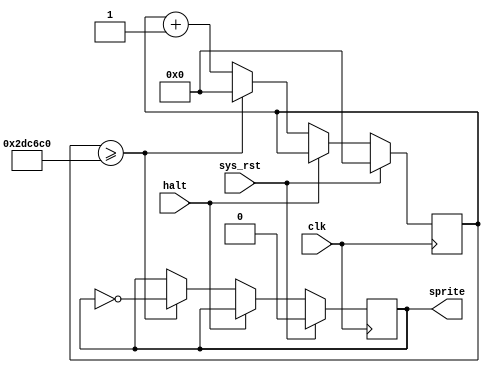
//SPDX-FileCopyrightText: 2021 Ethan Polcyn & Anish Singhani
//
// Licensed under the Apache License, Version 2.0 (the "License");
// you may not use this file except in compliance with the License.
// You may obtain a copy of the License at
//
//      http://www.apache.org/licenses/LICENSE-2.0
//
// Unless required by applicable law or agreed to in writing, software
// distributed under the License is distributed on an "AS IS" BASIS,
// WITHOUT WARRANTIES OR CONDITIONS OF ANY KIND, either express or implied.
// See the License for the specific language governing permissions and
// limitations under the License.
// SPDX-License-Identifier: Apache-2.0
`default_nettype none

// Toggles the moving legs on the bottom of the sprite
module dinosprite (
    input wire halt,
	output reg sprite,

	input wire clk,
	input wire sys_rst
);

localparam TOGGLE_DIVIDER = 3000000;

reg [24:0] ctr;

always @(posedge clk) begin
	if (sys_rst) begin
		ctr <= 0;
		sprite <= 0;
	end
    else if (!halt) begin
		ctr <= ctr + 1;
		if (ctr >= TOGGLE_DIVIDER) begin
			sprite <= ~sprite;
			ctr <= 0;
		end
	end
end

endmodule